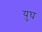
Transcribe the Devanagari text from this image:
युघ